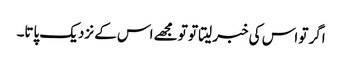
اگر تو اس کی خبر لیتا تو تو مجھے اس کے نزدیک پاتا۔